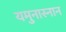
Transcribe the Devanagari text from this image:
यमुनास्नान